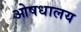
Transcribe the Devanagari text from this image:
ओषधालय